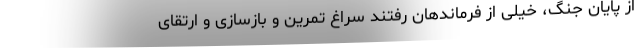
از پایان جنگ، خیلی از فرماندهان رفتند سراغ تمرین و بازسازی و ارتقای